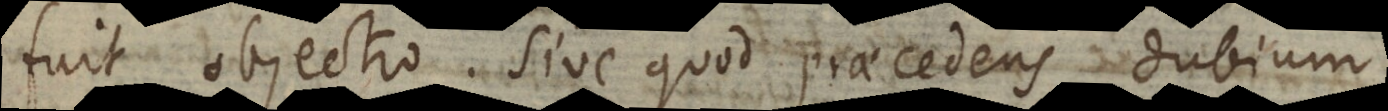
fuit objectio. Sive quod praecedens dubium